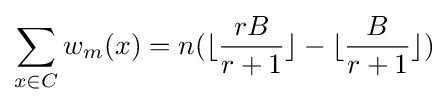
\sum _{x\in C}w_{m}(x)=n(\lfloor {\frac {rB}{r+1}}\rfloor -\lfloor {\frac {B}{r+1}}\rfloor )